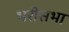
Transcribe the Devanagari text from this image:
भरीसभा